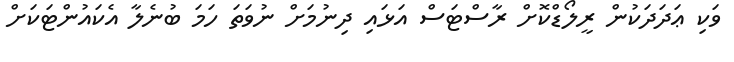
ވަކި ޢަދަދަކުން ރީލޯޑްކޮށް ރާސްޓަސް އަޅައި ދިނުމަށް ނުވަތަ ހަމަ ބުނެލާ އެކައުންޓަކަށް